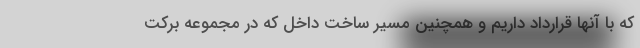
که با آنها قرارداد داریم و همچنین مسیر ساخت داخل که در مجموعه برکت